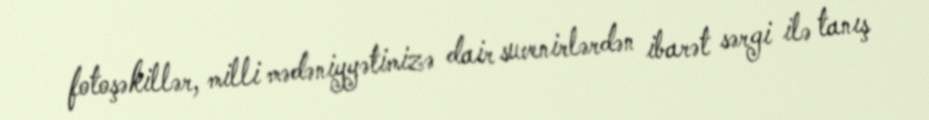
fotoşəkillər, milli mədəniyyətimizə dair suvenirlərdən ibarət sərgi ilə tanış